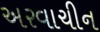
અરવાચીન